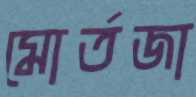
মোর্তজা